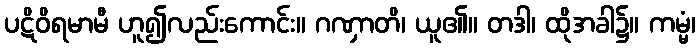
ပဋိဝိရမာမီ ဟူ၍လည်းကောင်း။ ဂဏှာတိ၊ ယူ၏။ တဒါ၊ ထိုအခါ၌။ ကမ္မံ၊